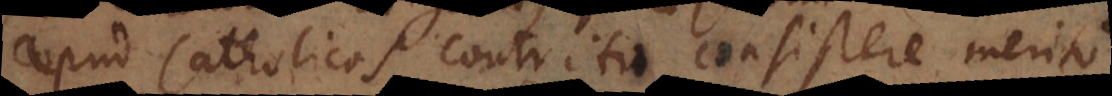
apud Catholicos contritio consistere merito